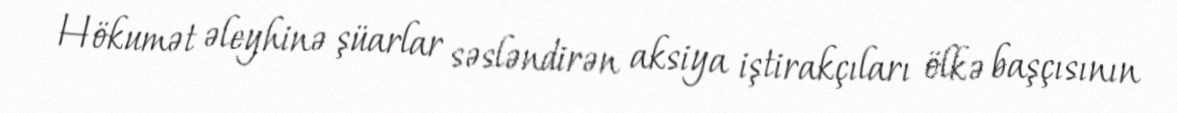
Hökumət əleyhinə şüarlar səsləndirən aksiya iştirakçıları ölkə başçısının